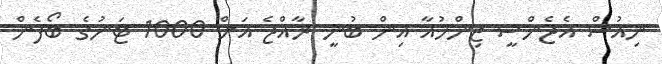
ނިއުސް އެޖެންސީ ޒިންހުއާ އިން ބުނީ ރާއްޖެ އަށް 1000 ޓަނުގެ ބޯފެން